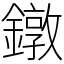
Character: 鐓